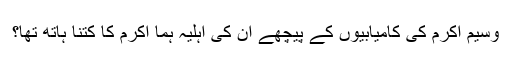
وسیم اکرم کی کامیابیوں کے پیچھے ان کی اہلیہ ہما اکرم کا کتنا ہاتھ تھا؟